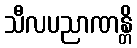
သီလပညာဏန္တိ